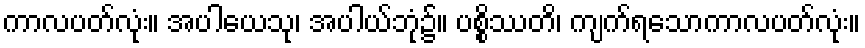
ကာလပတ်လုံး။ အပါယေသု၊ အပါယ်ဘုံ၌။ ပစ္စိဿတိ၊ ကျက်ရသောကာလပတ်လုံး။